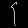
Digit: ၄